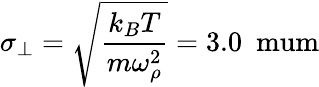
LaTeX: \sigma_{\perp}=\sqrt{\frac{k_{B}T}{m\omega_{\rho}^{2}}}=3.0~\mathrm{{\ mum}}